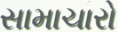
સામાચારો